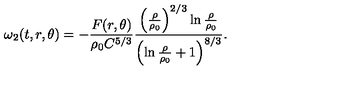
\omega _ { 2 } ( t , r , \theta ) = - \frac { F ( r , \theta ) } { \rho _ { 0 } C ^ { 5 / 3 } } \frac { \left( \frac { \rho } { \rho _ { 0 } } \right) ^ { 2 / 3 } \ln \frac { \rho } { \rho _ { 0 } } } { \left( \ln \frac { \rho } { \rho _ { 0 } } + 1 \right) ^ { 8 / 3 } } .